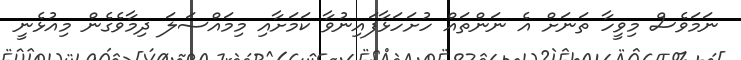
ނަމަވެސް މިވީހާ ތަނަށް އެ ނަންތައް ހުށަހަޅާފައިނުވާ ކަމަށާއި މިމައްސަލަ ދިމާވެގެން މިއުޅެނީ